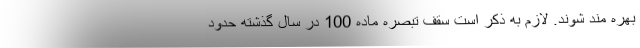
بهره مند شوند. لازم به ذکر است سقف تبصره ماده 100 در سال گذشته حدود